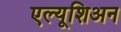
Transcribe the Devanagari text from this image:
एल्यूशिअन